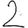
Digit: 2